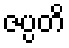
ဇပ္ပတိ